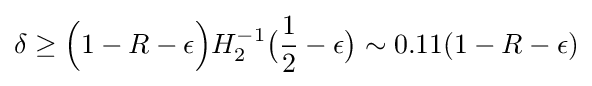
\delta \geq {\Big (}1-R-\epsilon {\Big )}H_{2}^{-1}{\big (}{\frac {1}{2}}-\epsilon {\big )}\sim 0.11(1-R-\epsilon )